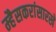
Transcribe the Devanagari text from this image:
म्हैसकरांसारखे